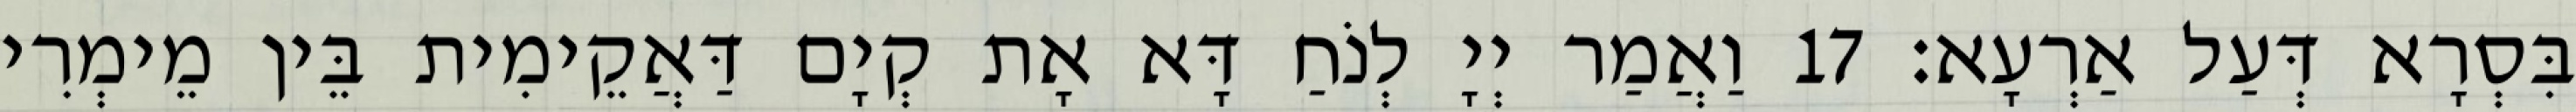
בִּסְרָא דְּעַל אַרְעָא׃ 17 וַאֲמַר יְיָ לְנֹחַ דָּא אָת קְיָם דַּאֲקֵימִית בֵּין מֵימְרִי